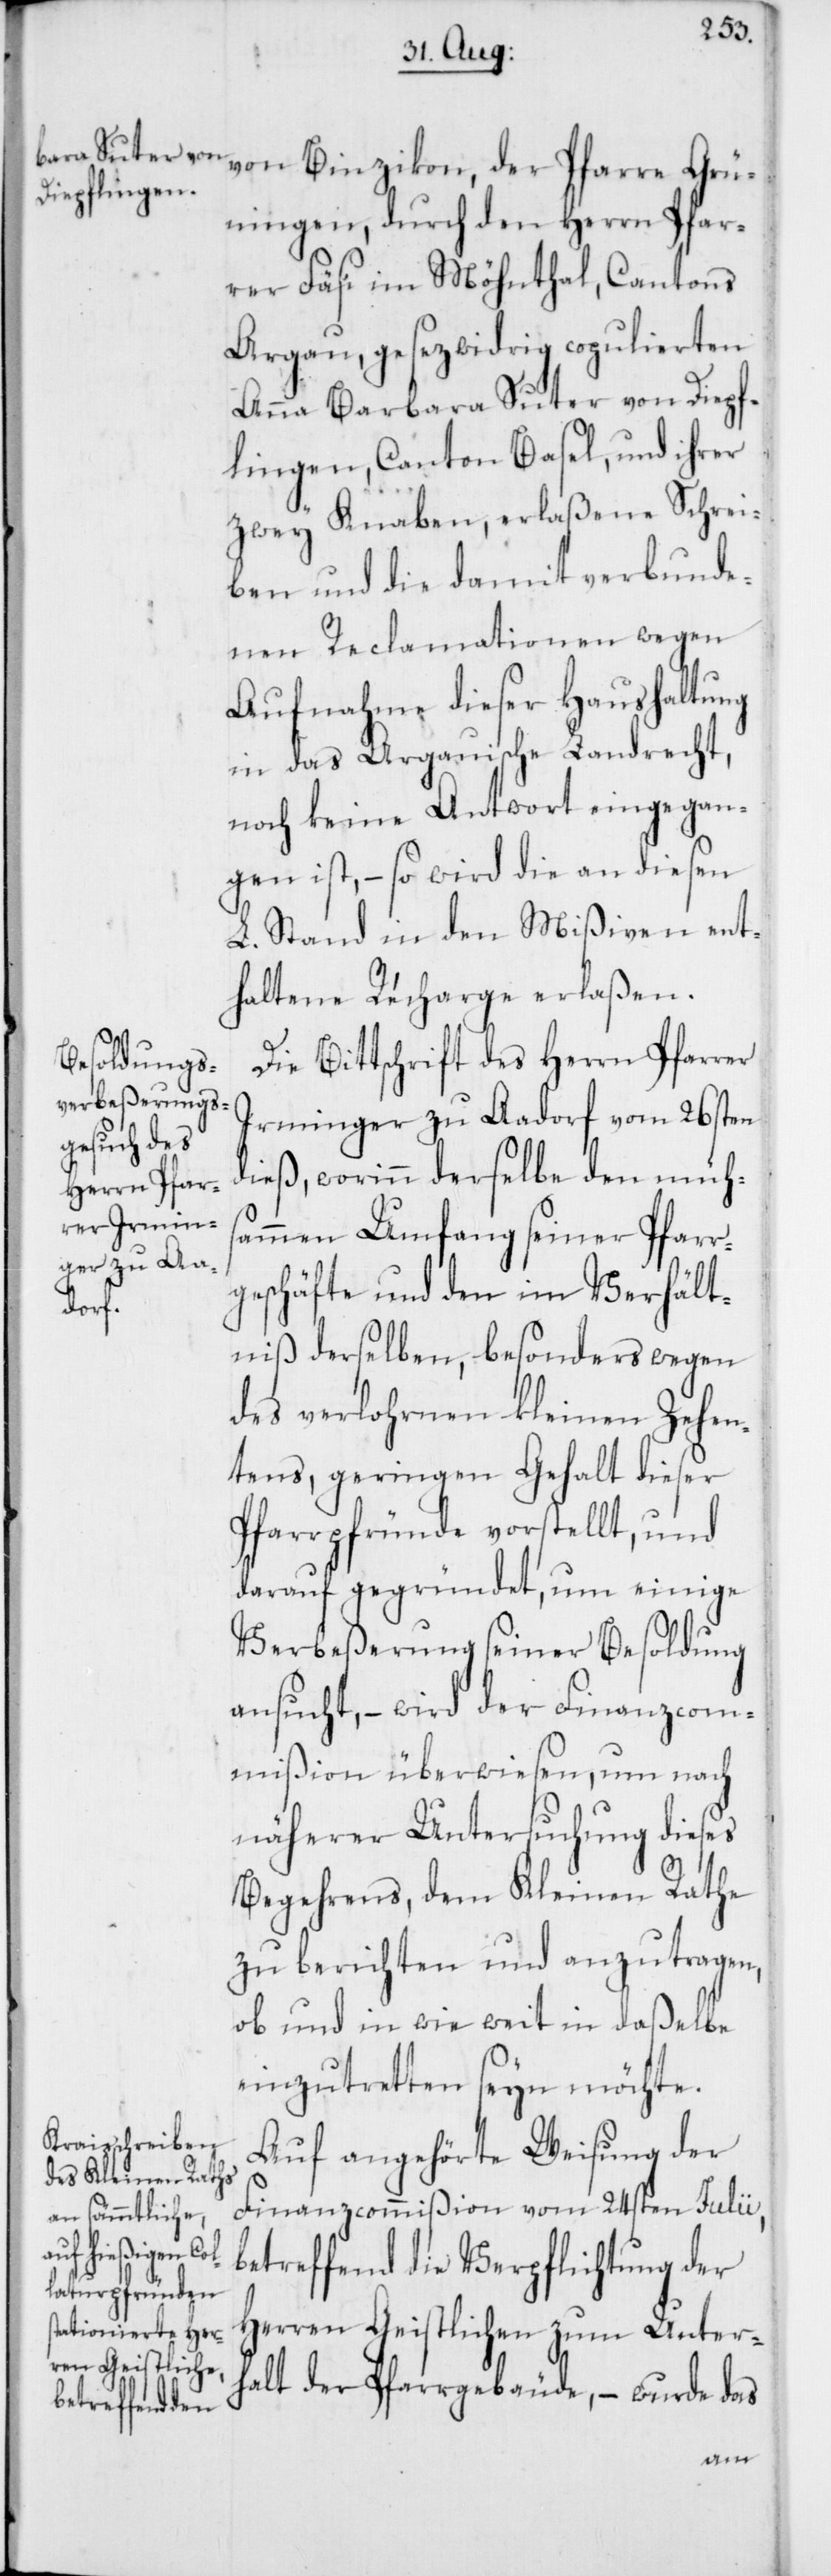
Grüningen, durch den Herrn Pfar¬
rer Fäsi im Möhnthal, Cantons
Argau, gesezwidrig copulierten
Anna Barbara Suter von Diepf¬
lingen, Canton Basel, und ihrer
zwey Knaben, erlaßene Schrei¬
ben und die damit verbunde¬
nen Reclamationen wegen
Aufnahme dieser Haushaltung
in das Argauische Landrecht,
noch keine Antwort eingegan¬
gen ist, – so wird die an diesen
L. Stand in den Mißiven ent¬
haltene Recharge erlaßen.
Die Bittschrift des Herrn Pfarrer
Irminger zu Aadorf vom 26sten
dieß, worinn derselbe den mühs¬
ammen Umfang seiner Pfarr¬
geschäfte und den im Verhält¬
niß derselben, besonders wegen
des verlohrnen kleinen Zehen¬
tens, geringen Gehalt dieser
Pfarrpfründe vorstellt, und
darauf gegründet, um einige
Verbeßerung seiner Besoldung
ansucht, – wird der Finanzcom¬
mißion überwiesen, um nach
näherer Untersuchung dieses
Begehrens, dem Kleinen Rathe
zu berichten und anzutragen,
ob und in wie weit in daßelbe
einzutretten seyn möchte.
Auf angehörte Weisung der
Finanzcommißion vom 24sten Julii,
betreffend die Verpflichtung der
Herren Geistlichen zum Unter¬
halt der Pfarrgebäude, – wurde das